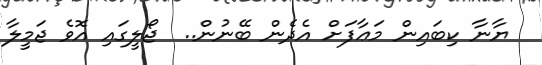
ޔާނާ ކިބައިން މަޢާފަށް އެދެން ބޭނުން..  ޖޯލީގައި އޮވެ ޖަމީލާ